Civil Veterinary Department Bengal reports 1933-51 - 1933-1951
Year: 1933
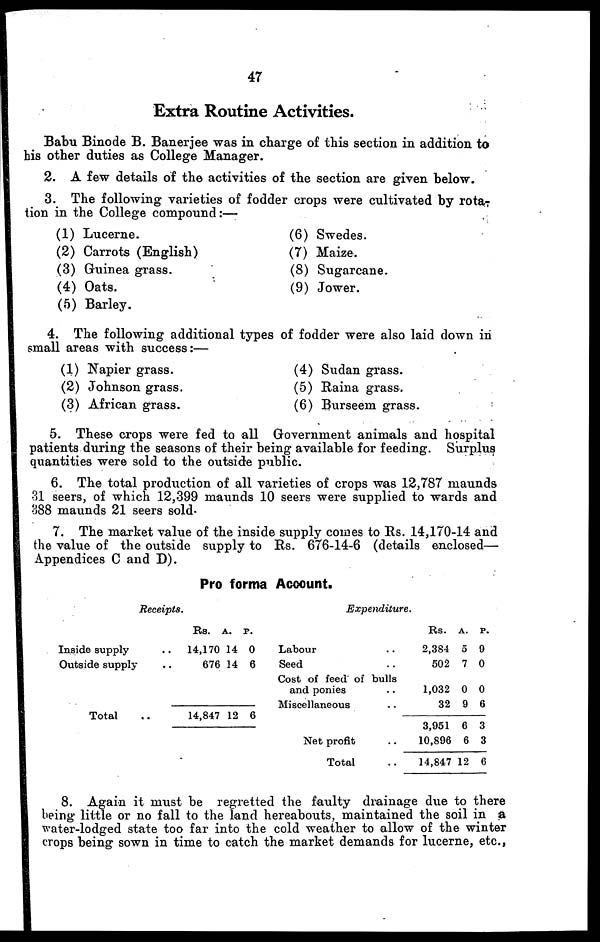
47
Extra Routine Activities.
Babu Binode B. Banerjee was in charge of this section in addition to
his other duties as College Manager.
2. A few details of the activities of the section are given below.
3. The following varieties of fodder crops were cultivated by rota-
tion in the College compound:—
(1) Lucerne.
(2) Carrots (English)
(3) Guinea grass.
(4) Oats.
(5) Barley.
(6) Swedes.
(7) Maize.
(8) Sugarcane.
(9) Jower.
4. The following additional types of fodder were also laid down in
small areas with success:—
(1) Napier grass.
(2) Johnson grass.
(3) African grass.
(4) Sudan grass.
(5) Raina grass.
(6) Burseem grass.
5. These crops were fed to all Government animals and hospital
patients during the seasons of their being available for feeding. Surplus
quantities were sold to the outside public.
6. The total production of all varieties of crops was 12,787 maunds
31 seers, of which 12,399 maunds 10 seers were supplied to wards and
388 maunds 21 seers sold.
7. The market value of the inside supply comes to Rs. 14,170-14 and
the value of the outside supply to Rs. 676-14-6 (details enclosed—
Appendices C and D).
Pro forma Account.
Receipts.
Inside supply..
Outside supply ..
Total..
Rs. A. P.
14,170 14 0
676 14 6
14,847 12 6
Expenditure.
Labour ..
Seed ..
Cost of feed of bulls
and ponies..
Miscellaneous..
Net profit ..
Total..
Rs. A. P.
2,384 5 9
502 7 0
1,032 0 0
32 9 6
3,951 6 3
10,896 6 3
14,847 12 6
8. Again it must be regretted the faulty drainage due to there
being little or no fall to the land hereabouts, maintained the soil in a
water-lodged state too far into the cold weather to allow of the winter
crops being sown in time to catch the market demands for lucerne, etc.,